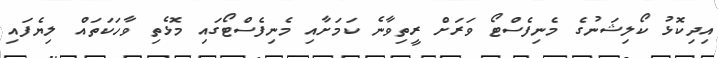
އިދިކޮޅު ކޯލިޝަނުގެ މެނިފެސްޓޯ ވަރަށް ރީތިވާނެ ކަމަށާއި މެނިފެސްޓޯގައި މޮޅެތި ވާހަކަތައް ލިޔެފައި